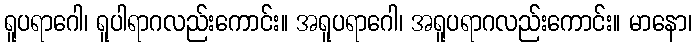
ရူပရာဂေါ၊ ရူပါရာဂလည်းကောင်း။ အရူပရာဂေါ၊ အရူပရာဂလည်းကောင်း။ မာနော၊